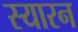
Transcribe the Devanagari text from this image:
स्यारन